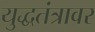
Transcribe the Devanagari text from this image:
युद्धतंत्रावर